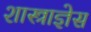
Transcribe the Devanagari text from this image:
शास्त्राज्ञेस